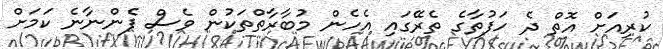
ކުރިއަށް އޮތް ދެ ހަފުތާގެ ތެރޭގައި އެހެން މުބާރާތްތަކުން ވެސް ފެންނާނެ ކަމަށް